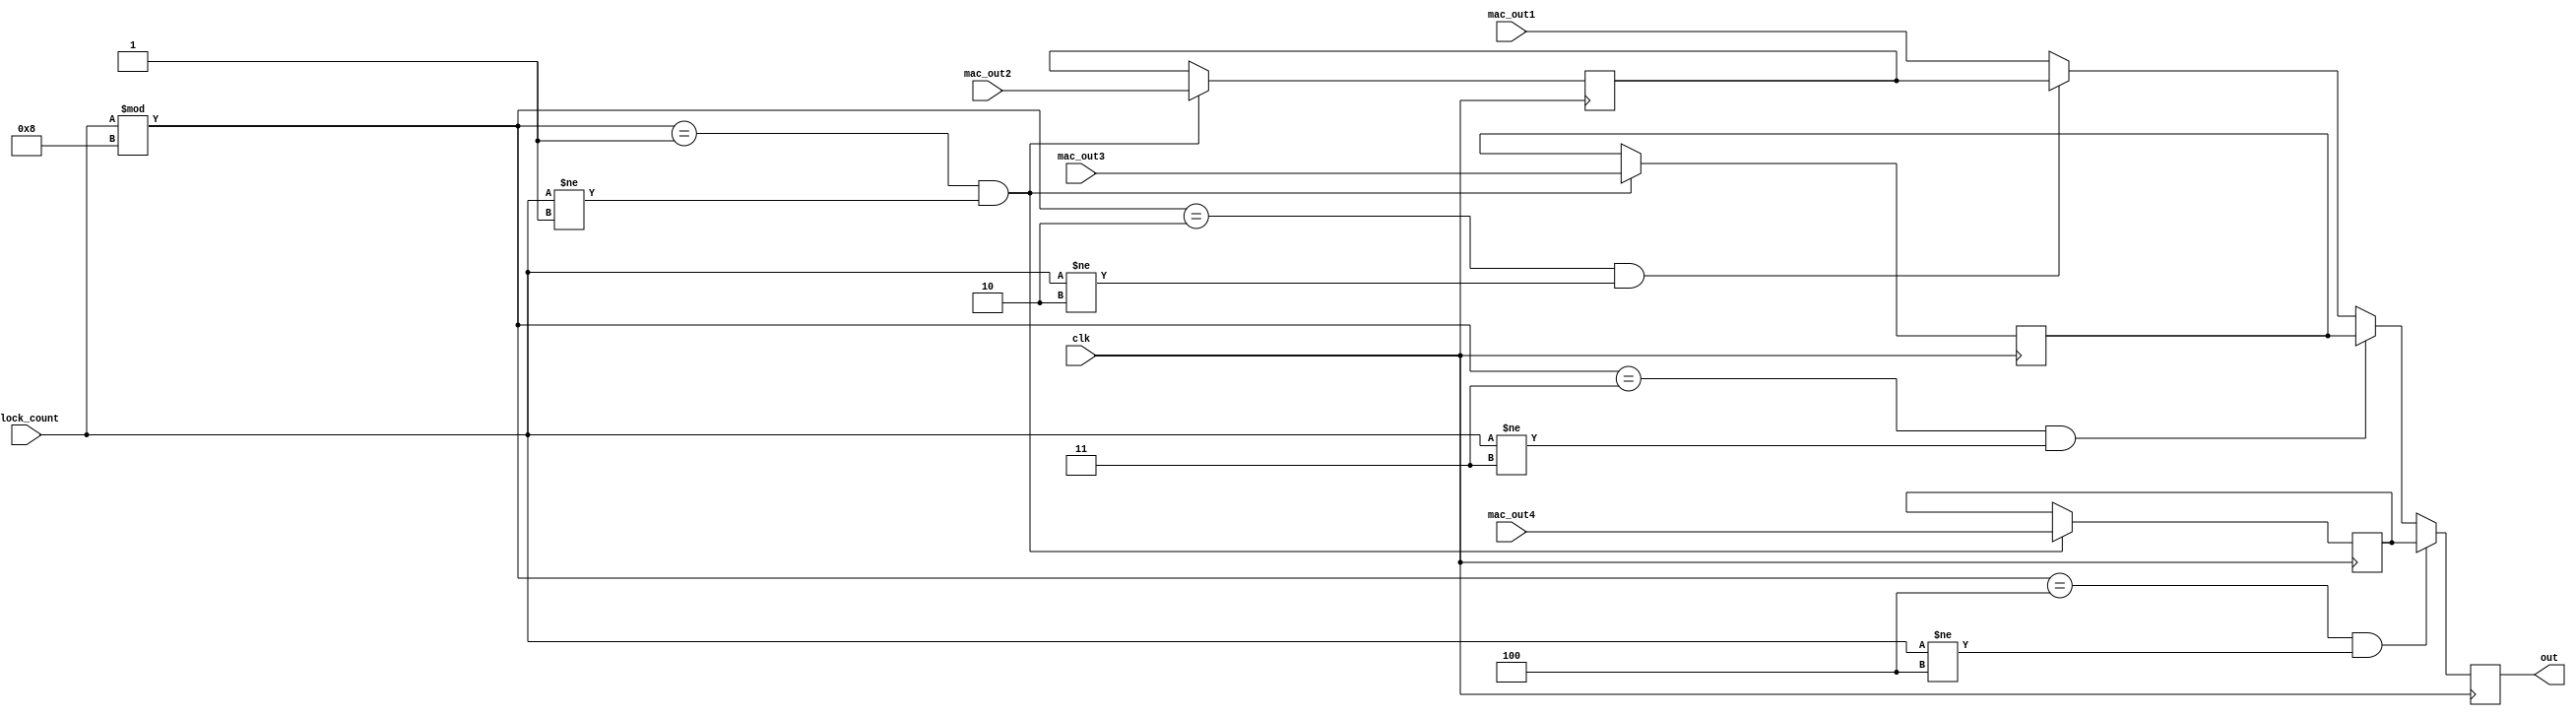
module buffer4(
	input signed [18:0] mac_out1,
	input signed [18:0] mac_out2,
	input signed [18:0] mac_out3,
	input signed [18:0] mac_out4,
	input [10:0] clock_count,
	input clk,
	output reg signed [18:0] out);

reg signed [18:0] buffer1, buffer2, buffer3;

always @(posedge clk) begin
	out <= mac_out1;
	// Hold values
	if (clock_count % 8 == 1 && clock_count != 1) begin
		buffer1 <= mac_out2;
		buffer2 <= mac_out3;
		buffer3 <= mac_out4;
	end
	if (clock_count % 8 == 2 && clock_count != 2) begin
		out <= buffer1;
	end if (clock_count % 8 == 3 && clock_count != 3) begin
		out <= buffer2;
	end if (clock_count % 8 == 4 && clock_count != 4) begin
		out <= buffer3;
	end
	
end

endmodule